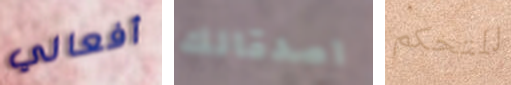
أفعالي اصدقائك للتحكم